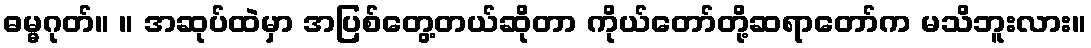
ဓမ္မဂုတ်။ ။ အဆုပ်ထဲမှာ အပြစ်တွေ့တယ်ဆိုတာ ကိုယ်တော်တို့ဆရာတော်က မသိဘူးလား။